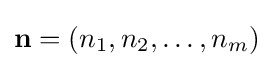
{\textstyle \mathbf {n} =(n_{1},n_{2},\ldots ,n_{m})}